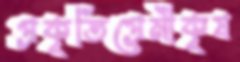
প্রকৃতিপ্রেমীকৃষ